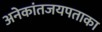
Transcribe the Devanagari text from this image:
अनेकांतजयपताका